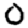
Digit: 0